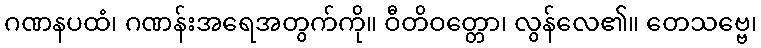
ဂဏနပထံ၊ ဂဏန်းအရေအတွက်ကို။ ဝီတိဝတ္တော၊ လွန်လေ၏။ တေသဗ္ဗေ၊